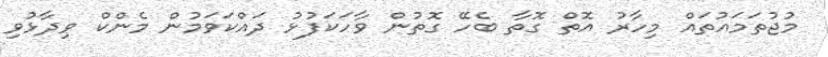
މުޖުތަމައުތައް މިހާރު އޮތް ގޮތާ ބެހޭ ގޮތުން ވާހަކަފުޅު ދައްކަވަމުން މެންކް ވިދާޅުވި